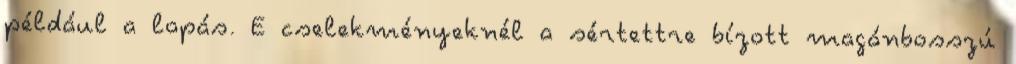
például a lopás. E cselekményeknél a sértettre bízott magánbosszú